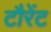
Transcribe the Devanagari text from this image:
टौरेंट